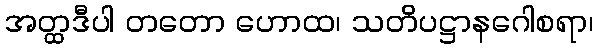
အတ္ထဒီပါ တတော ဟောထ၊ သတိပဋ္ဌာနဂေါစရာ၊